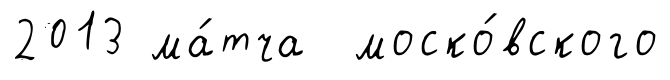
2013 ма́тча моско́вского